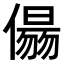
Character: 𠏑